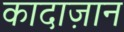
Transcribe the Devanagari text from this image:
कादाज़ान